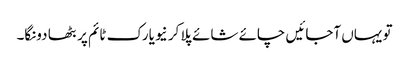
تو یہاں آجائیں چائے شائے پلا کر نیویارک ٹائم پر بٹھا دونگا۔